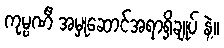
ကုမ္ပဏီ အမှုဆောင်အရာရှိချုပ် နဲ့။